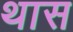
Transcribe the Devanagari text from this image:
थास